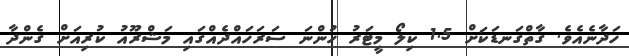
ހަދާނެއެވެ. ގާތްގަނޑަކަށް 1.5 ކިލޯ މީޓަރު ހުންނަ ސަރަހައްދެއްގައި މަޝްރޫއު ކުރިއަށް ގެންދާ